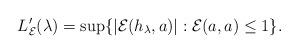
LaTeX: \begin{gather*}L_{\mathcal E}'(\lambda)=\sup \{|{\mathcal E}(h_\lambda, a)|: {\mathcal E}(a, a) \leq 1\}.\end{gather*}